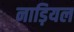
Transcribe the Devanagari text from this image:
नाड़ियल